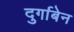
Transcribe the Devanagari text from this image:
दुर्गाबेन